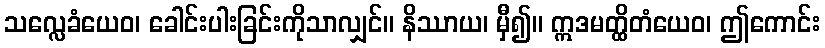
သလ္လေခံယေဝ၊ ခေါင်းပါးခြင်းကိုသာလျှင်။ နိဿာယ၊ မှီ၍။ ဣဒမတ္ထိတံယေဝ၊ ဤကောင်း